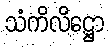
သံကိလိဋ္ဌော